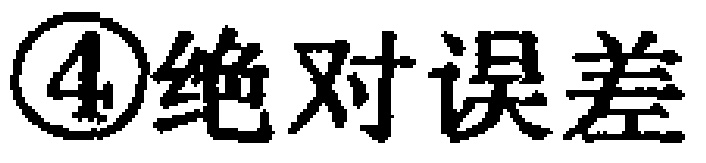
\textcircled{4}绝对误差